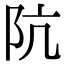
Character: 阬